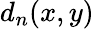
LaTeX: d_{n}(x,y)